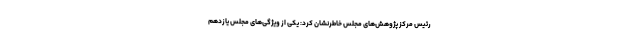
رئیس مرکز پژوهش‌های مجلس خاطرنشان کرد: یکی از ویژگی‌های مجلس یازدهم